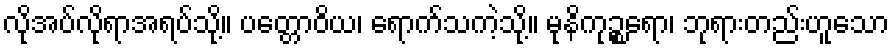
လိုအပ်လိုရာအရပ်သို့။ ပတ္တောဝိယ၊ ရောက်သကဲ့သို့။ မုနိကုဉ္စရော၊ ဘုရားတည်းဟူသော